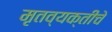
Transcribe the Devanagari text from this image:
मृतव्यक्तीचे